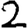
Digit: 2